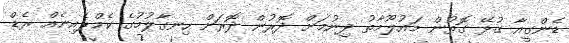
ޑެންގީއާ ގުޅޭ ގޮތުން މައުލޫމާތު ދިނުމަށް ދޮރުން ދޮރަށް ހިނގާލުމުގެ ކެމްޕެއިނެއް ރެޑް